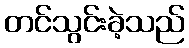
တင်သွင်းခဲ့သည်